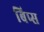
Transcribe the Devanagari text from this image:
बिप्स